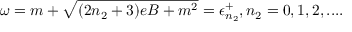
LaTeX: \omega = m + \sqrt { ( 2 n _ { 2 } + 3 ) e B + m ^ { 2 } } = \epsilon _ { n _ { 2 } } ^ { + } , n _ { 2 } = 0 , 1 , 2 , . . . .